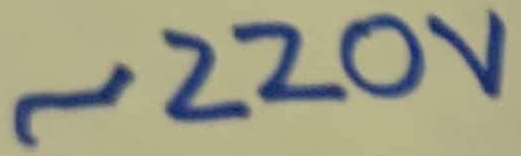
Text: ~220V